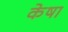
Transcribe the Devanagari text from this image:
केषा